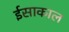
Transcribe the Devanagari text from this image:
ईसाकाल